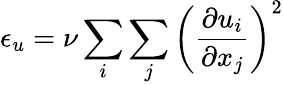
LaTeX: \epsilon_{u}=\nu\sum_{i}\sum_{j}\left(\frac{\partial u_{i}}{\partial x_{j}}\right)^{2}